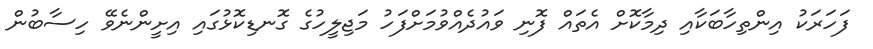
ފަހަރަަކު އިންތިހާބަކާއި ދިމާކޮށް އެތައް ފޮނި ވައުދެއްވުމަށްފަހު މަޖިލީހުގެ ގޮނޑިކޮޅުގައި އިށީންނެވޭ ހިސާބުން